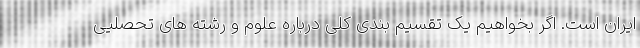
ایران است. اگر بخواهیم یک تقسیم بندی کلی درباره علوم و رشته های تحصلیی